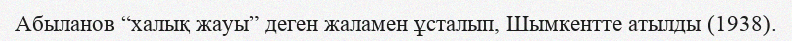
Абыланов “халық жауы” деген жаламен ұсталып, Шымкентте атылды (1938).